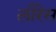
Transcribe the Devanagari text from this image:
लौरेस